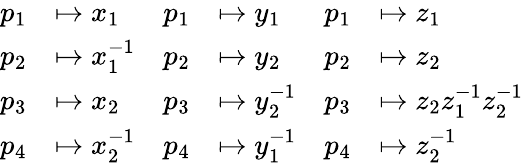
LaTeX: \begin{array}{rlrlrl}{p_{1}}&{\mapsto x_{1}}&{p_{1}}&{\mapsto y_{1}}&{p_{1}}&{\mapsto z_{1}}\\ {p_{2}}&{\mapsto x_{1}^{-1}}&{p_{2}}&{\mapsto y_{2}}&{p_{2}}&{\mapsto z_{2}}\\ {p_{3}}&{\mapsto x_{2}}&{p_{3}}&{\mapsto y_{2}^{-1}}&{p_{3}}&{\mapsto z_{2}z_{1}^{-1}z_{2}^{-1}}\\ {p_{4}}&{\mapsto x_{2}^{-1}}&{p_{4}}&{\mapsto y_{1}^{-1}}&{p_{4}}&{\mapsto z_{2}^{-1}}\end{array}